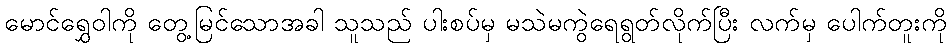
မောင်ရွှေဝါကို တွေ့မြင်သောအခါ သူသည် ပါးစပ်မှ မသဲမကွဲရေရွတ်လိုက်ပြီး လက်မှ ပေါက်တူးကို